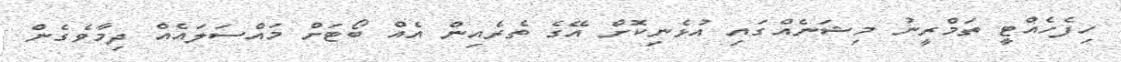
ހިފެހެއްޓީ ތަމްރީނު މިޝަނެއްގައި އުޅެނިކޮށް އޭގެ ތެރެއިން އެއް ބޯޓަށް މައްސަލައެއް ދިމާވެގެން